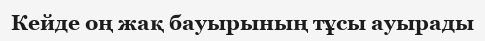
Кейде оң жақ бауырының тұсы ауырады